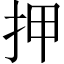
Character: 押